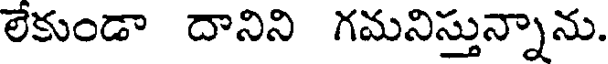
లేకుండా దానిని గమనిస్తున్నాను.